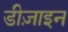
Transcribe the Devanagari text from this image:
डीज़ाइन